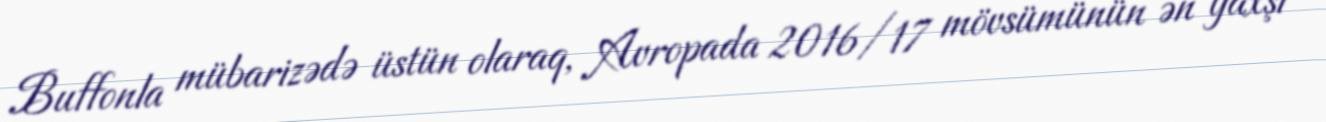
Buffonla mübarizədə üstün olaraq, Avropada 2016/17 mövsümünün ən yaxşı